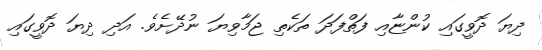
ދިޔަ ދޮވީގައި ކުންޏާއި ފަތްފަދަ ތަކެތި ޖަމާވިޔަ ނުދޭށެވެ. އަދި ދިޔަ ދޮވީގައި